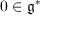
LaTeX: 0 \in { \mathfrak { g } } ^ { * }